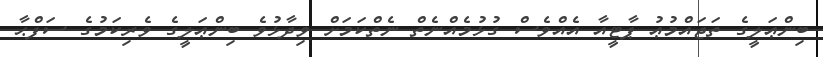
ބިންޢަލީގެ ތަޖައްމުޢު ޕާޓީއާ އެއްވެސް ގުޅުމެއްނެތް ނެތްކަމަށް ވިދާޅުވެ ބިންޢަލީގެ ވެރިކަމުގެ ސަފްޙާ